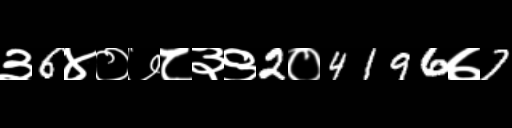
Text: ३6४०७८३९2०4196७7